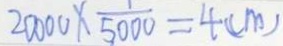
2 0 0 0 0 \times \frac { 1 } { 5 0 0 0 } = 4 ( c m )